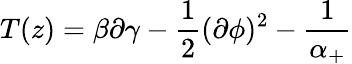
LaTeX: T(z)=\beta\partial\gamma-\frac 12(\partial\phi)^{2}-\frac 1{\alpha_{+}}